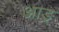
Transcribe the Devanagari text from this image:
आङ्‌